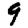
Digit: 9